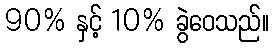
90% နှင့် 10% ခွဲဝေသည်။